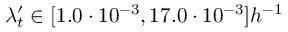
\lambda _ { t } ^ { \prime } \in [ 1 . 0 \cdot 1 0 ^ { - 3 } , 1 7 . 0 \cdot 1 0 ^ { - 3 } ] h ^ { - 1 }